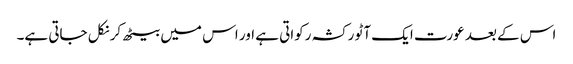
اس کے بعد عورت ایک آٹو رکشہ رکواتی ہے اور اس میں بیٹھ کر نکل جاتی ہے۔